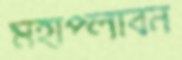
মহাপ্লাবন